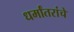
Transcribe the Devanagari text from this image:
धर्मांतरांचे